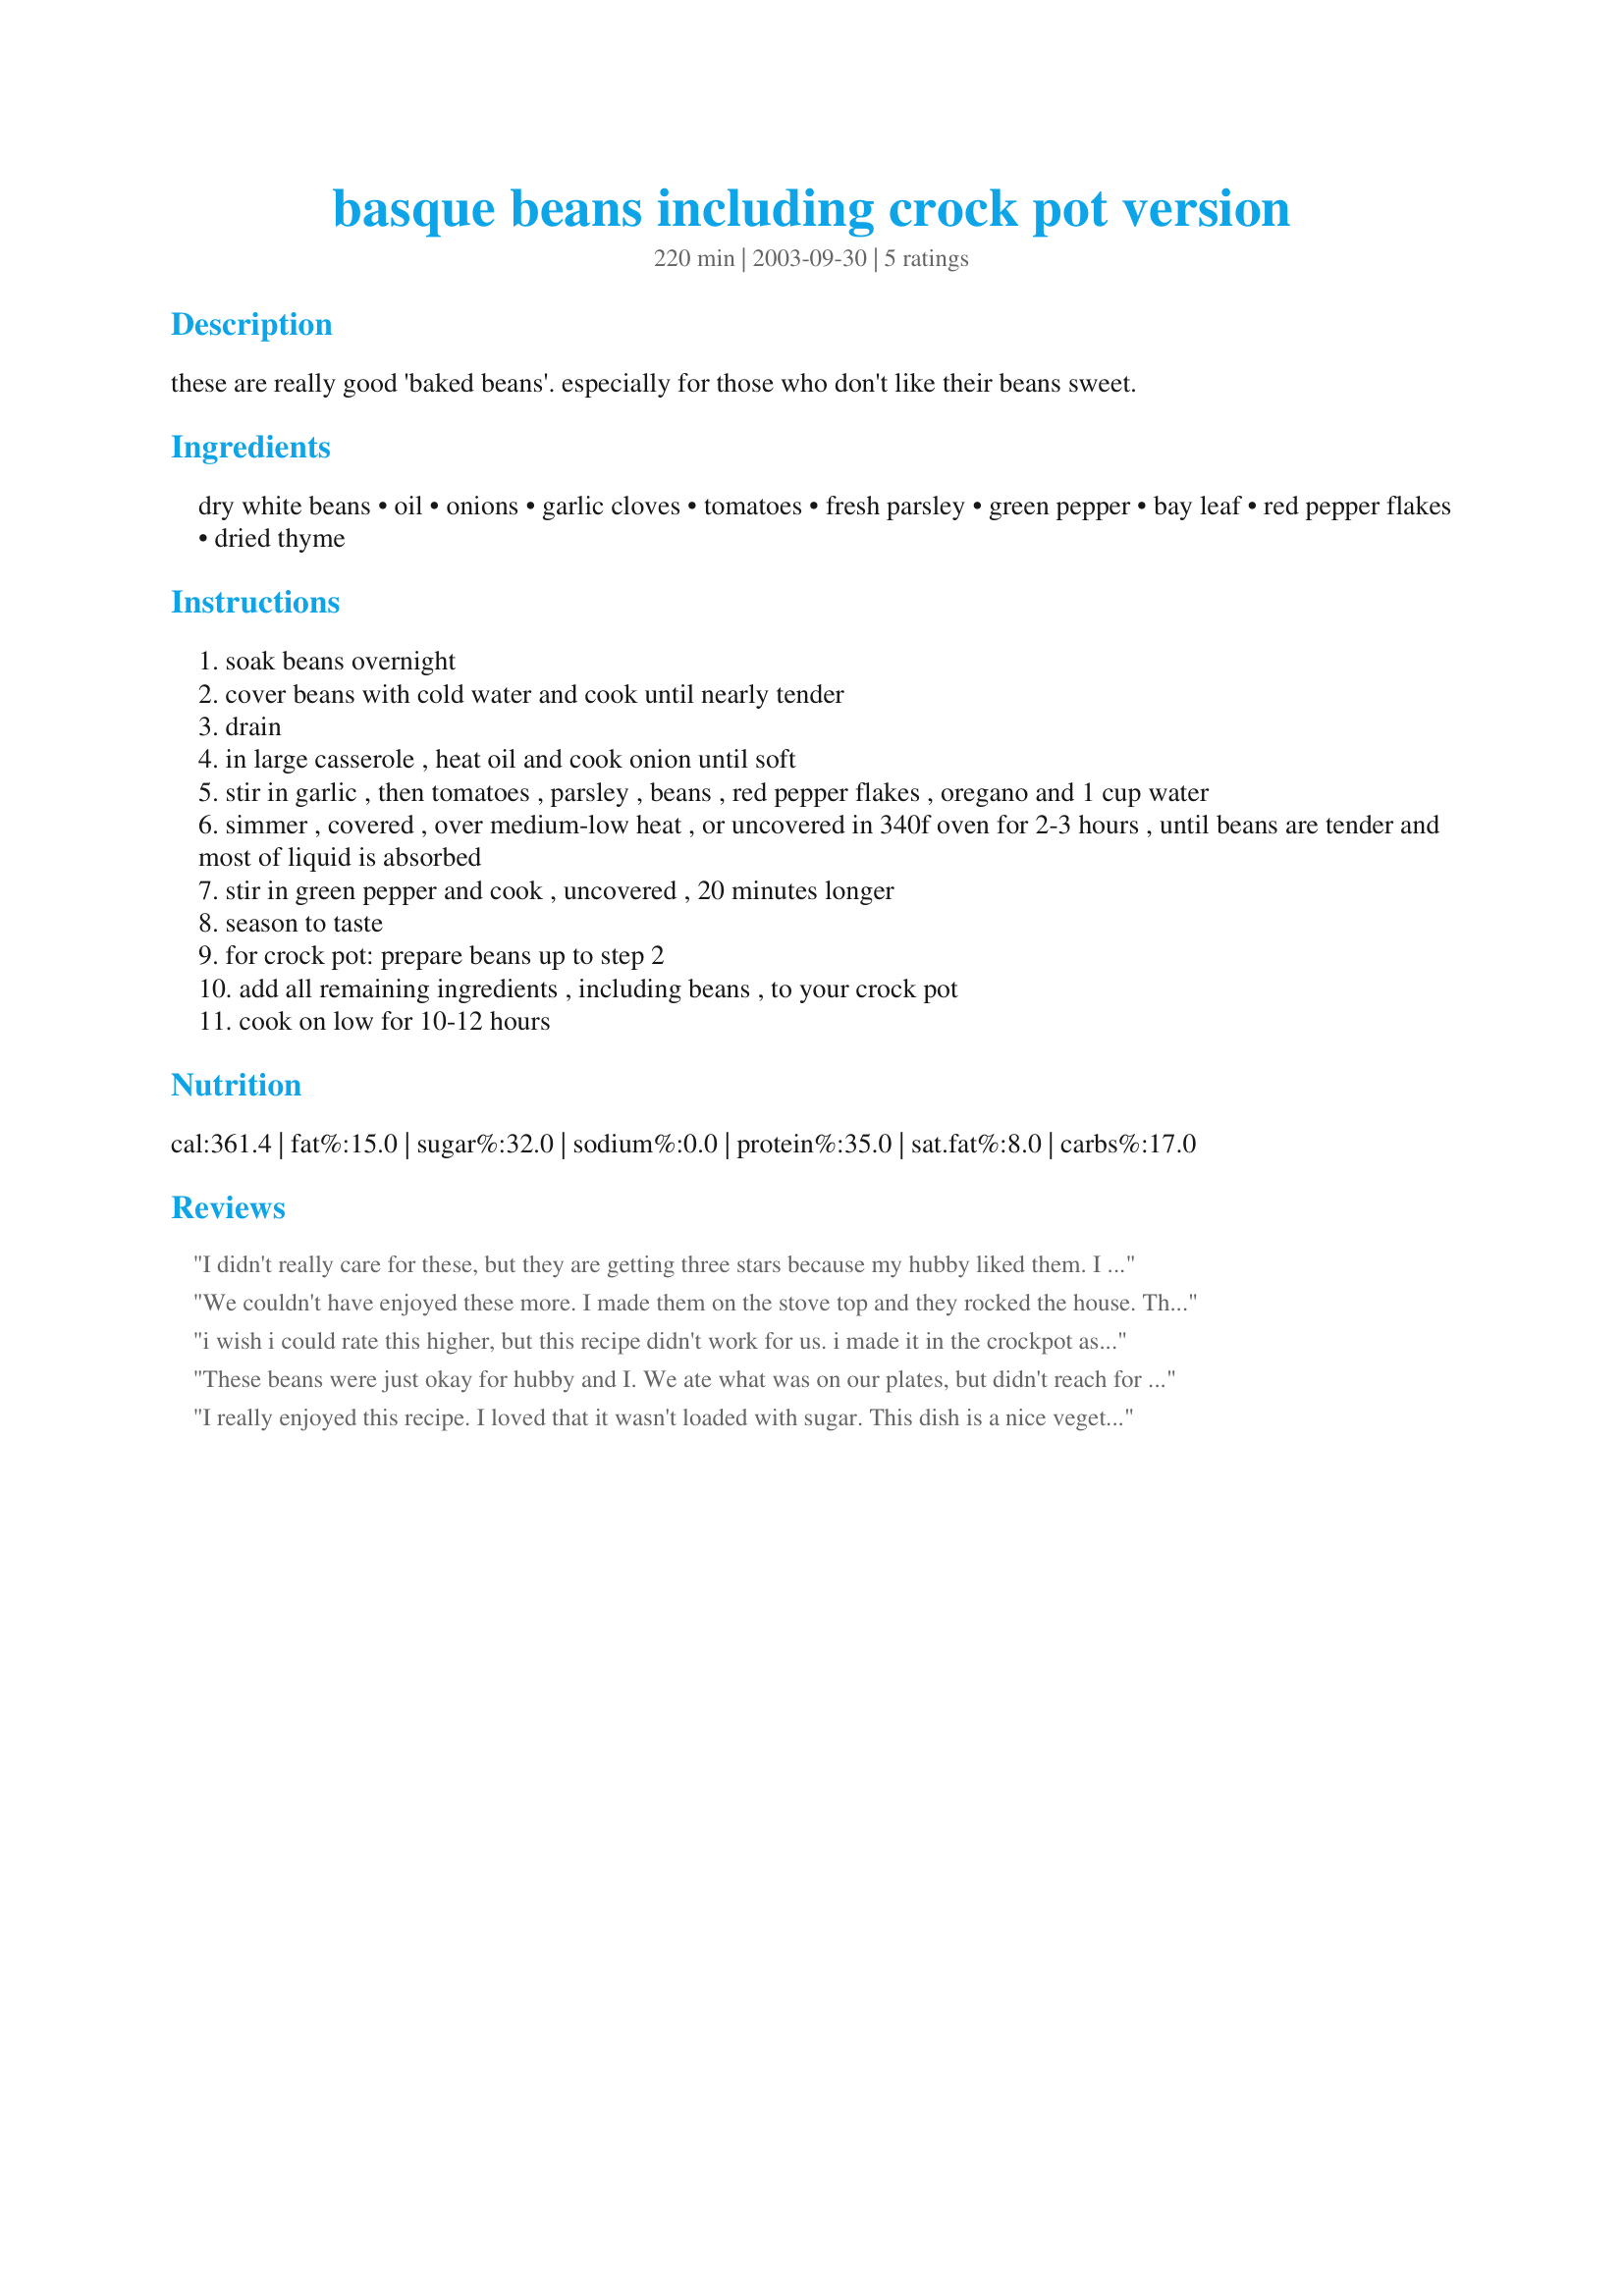
basque beans including crock pot version
Preparation time: 220 minutes

these are really good 'baked beans'. especially for those who don't like their beans sweet.

Ingredients:
dry white beans, oil, onions, garlic cloves, tomatoes, fresh parsley, green pepper, bay leaf, red pepper flakes, dried thyme

Steps:
soak beans overnight
cover beans with cold water and cook until nearly tender
drain
in large casserole , heat oil and cook onion until soft
stir in garlic , then tomatoes , parsley , beans , red pepper flakes , oregano and 1 cup water
simmer , covered , over medium-low heat , or uncovered in 340f oven for 2-3 hours , until beans are tender and most of liquid is absorbed
stir in green pepper and cook , uncovered , 20 minutes longer
season to taste
for crock pot: prepare beans up to step 2
add all remaining ingredients , including beans , to your crock pot
cook on low for 10-12 hours

Reviews:
I didn't really care for these, but they are getting three stars because my hubby liked them. I had them in the oven for only two hours and they came out dry. I thought the amount of onion was fine, but the whole dish needed more flavor. I might play with this recipe more, it has potential!
We couldn't have enjoyed these more. I made them on the stove top and they rocked the house. They are a new favorite of mine and I would give this recipe more than 5 stars if I could. Even my picky eater enjoyed them. I didn't have any fresh parsley, so I added a little dried and I used diced tomatoes in garlic and onion for the tomatoes.
reviewed for ZWTIII
i wish i could rate this higher, but this recipe didn't work for us. i made it in the crockpot as suggested after preparing the beans, sliced 3 onions and added the ingredients, cooked this on low for 10 hrs. the onions would have been better chopped, they overwhelmed the dish and the flavor was, in general, bland. some chilis or other spices would have added missing flavor.
These beans were just okay for hubby and I. We ate what was on our plates, but didn't reach for seconds... they had WAY too much onion for our tastes. I made these as directed (except I subbed some yellow, red & orange sweet peppers for the green pepper) using the crock pot method. Bacon would really make these beans taste better (but I think bacon makes everything taste better - go figure). I'm glad that I tried these beans, even if I won't be making them again. Made for ZWT5 for the Groovy GastroGnomes.
I really enjoyed this recipe. I loved that it wasn't loaded with sugar. This dish is a nice vegetarian main course or a side for a bbq meal. It won't overpower the rest of the meal. Unfortunately DD wasn't won over but she's not a huge fan of any beans. This recipe was prepared using the oven method. Made for ZWT5
